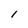
Character: l